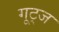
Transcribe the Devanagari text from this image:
गूट्ज